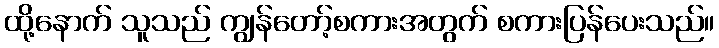
ထို့နောက် သူသည် ကျွန်တော့်စကားအတွက် စကားပြန်ပေးသည်။